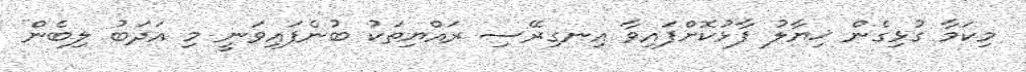
މިކަމާ ގުޅިގެން ޚިޔާލު ފާޅުކޮށްފައިވާ އިނގިރޭސި ރައްޔިތަކު ބުނެފައިވަނީ މި އަދަބު ލިބެން